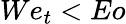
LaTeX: We_{t}<Eo